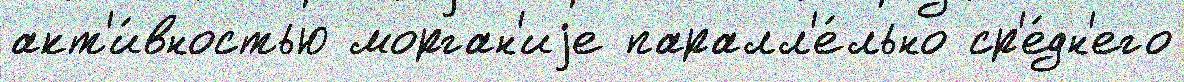
акт'и́вностью морган'иjе паралл'е́льно ср'е́дн'его